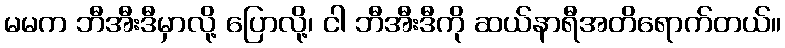
မမက ဘီအီးဒီမှာလို့ ပြောလို့၊ ငါ ဘီအီးဒီကို ဆယ်နာရီအတိရောက်တယ်။